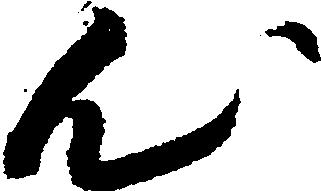
心